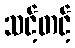
သင့်တင့်